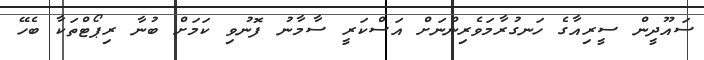
ސައޫދީން ސީރިއާގެ ހަނގުރާމަވެރިންނަށް އަސްކަރީ ސާމާނު ފޮނުވި ކަމަށް ބުނާ ރިޕޯޓްތަކާ ބެހޭ